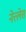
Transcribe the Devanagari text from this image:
नेत्त्लेस